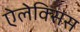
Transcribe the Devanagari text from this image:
ऐलेक्‍सिस